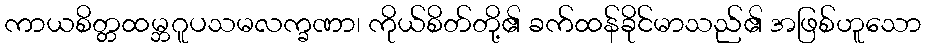
ကာယစိတ္တထမ္ဘဂူပသမလက္ခဏာ၊ ကိုယ်စိတ်တို့၏ ခက်ထန်ခိုင်မာသည်၏ အဖြစ်ဟူသော